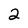
Character: 2